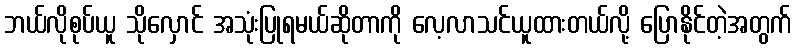
ဘယ်လိုစုပ်ယူ သိုလှောင် အသုံးပြုရမယ်ဆိုတာကို လေ့လာသင်ယူထားတယ်လို့ ပြောနိုင်တဲ့အတွက်